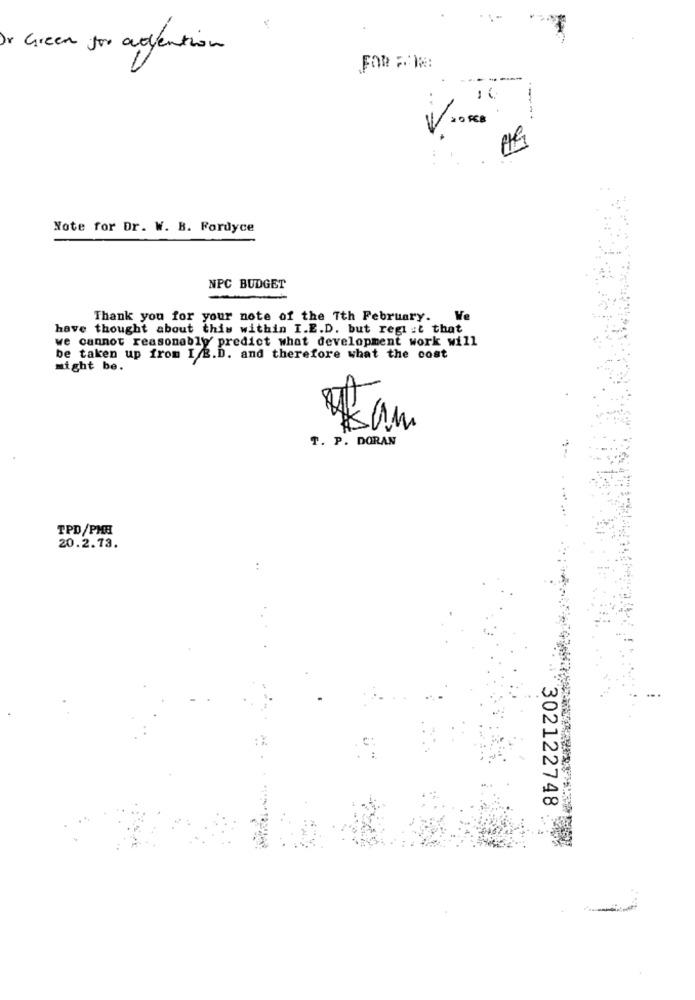
Green for attention
Note for Dr. W. B. Fordyce
NPC BUDGET
Thank you for your note of the Tth February.
We
have thought about this within I.E.D. but regi :t that
we cannot reasonably' predict what development work will
be taken up from I /B.D. and therefore what the cost
might be.
T. P. DORAN
TPD/PME
20.2.73.
..
302122748